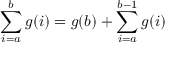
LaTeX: \sum _ { i = a } ^ { b } g ( i ) = g ( b ) + \sum _ { i = a } ^ { b - 1 } g ( i )